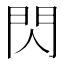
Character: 閃